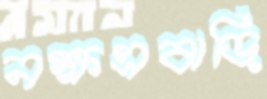
নক্ষত্রবাড়ি